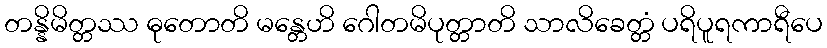
တန္နိမိတ္တဿ ဓုတောတိ မန္တေဟိ ဂေါတမိပုတ္တာတိ သာလိခေတ္တံ ပရိပူရကာရီပေ